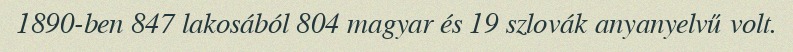
1890-ben 847 lakosából 804 magyar és 19 szlovák anyanyelvű volt.